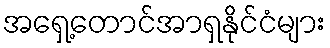
အရှေ့တောင်အာရှနိုင်ငံများ